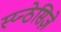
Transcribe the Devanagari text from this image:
स्य्न्ठेसिज़े